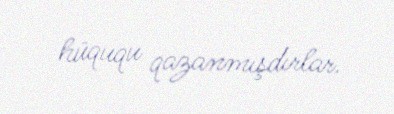
hüququ qazanmışdırlar.